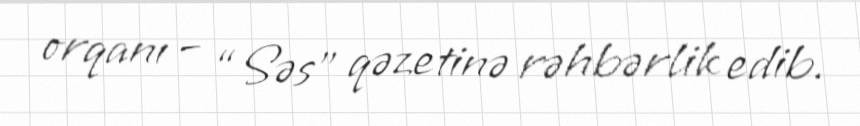
orqanı – “Səs” qəzetinə rəhbərlik edib.